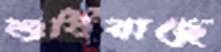
শুধিয়াছে